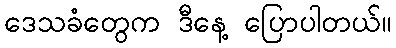
ဒေသခံတွေက ဒီနေ့ ပြောပါတယ်။